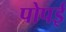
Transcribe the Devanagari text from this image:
पोपई